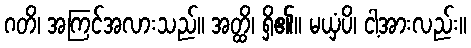
ဂတိ၊ အကြင်အလားသည်။ အတ္ထိ၊ ရှိ၏။ မယှံပိ၊ ငါ့အားလည်း။